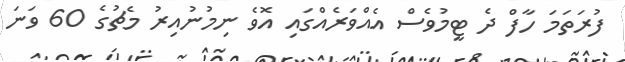
ފުރަތަަމަ ހާފް ދެ ޓީމުވެސް އެއްވަރެއްގައި އޮވެ ނިމުނުއިރު މެޗުގެ 60 ވަނަ